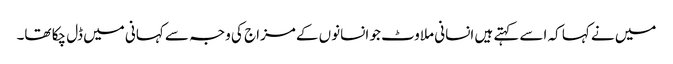
میں نے کہا کہ اسے کہتے ہیں انسانی ملاوٹ جو انسانوں کے مزاج کی وجہ سے کہانی میں ڈل چکا تھا۔